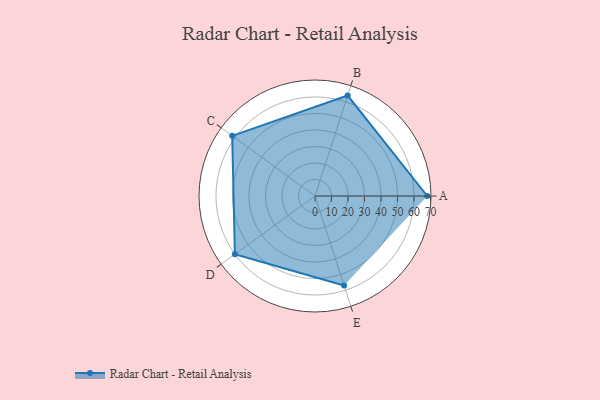
{"axis": {"x": "Skill", "y": "Score"}, "legend": ["Profile"], "data": [{"x": "A", "y": 68.0, "type": "Profile"}, {"x": "B", "y": 64.0, "type": "Profile"}, {"x": "C", "y": 62.0, "type": "Profile"}, {"x": "D", "y": 60.0, "type": "Profile"}, {"x": "E", "y": 57.0, "type": "Profile"}]}